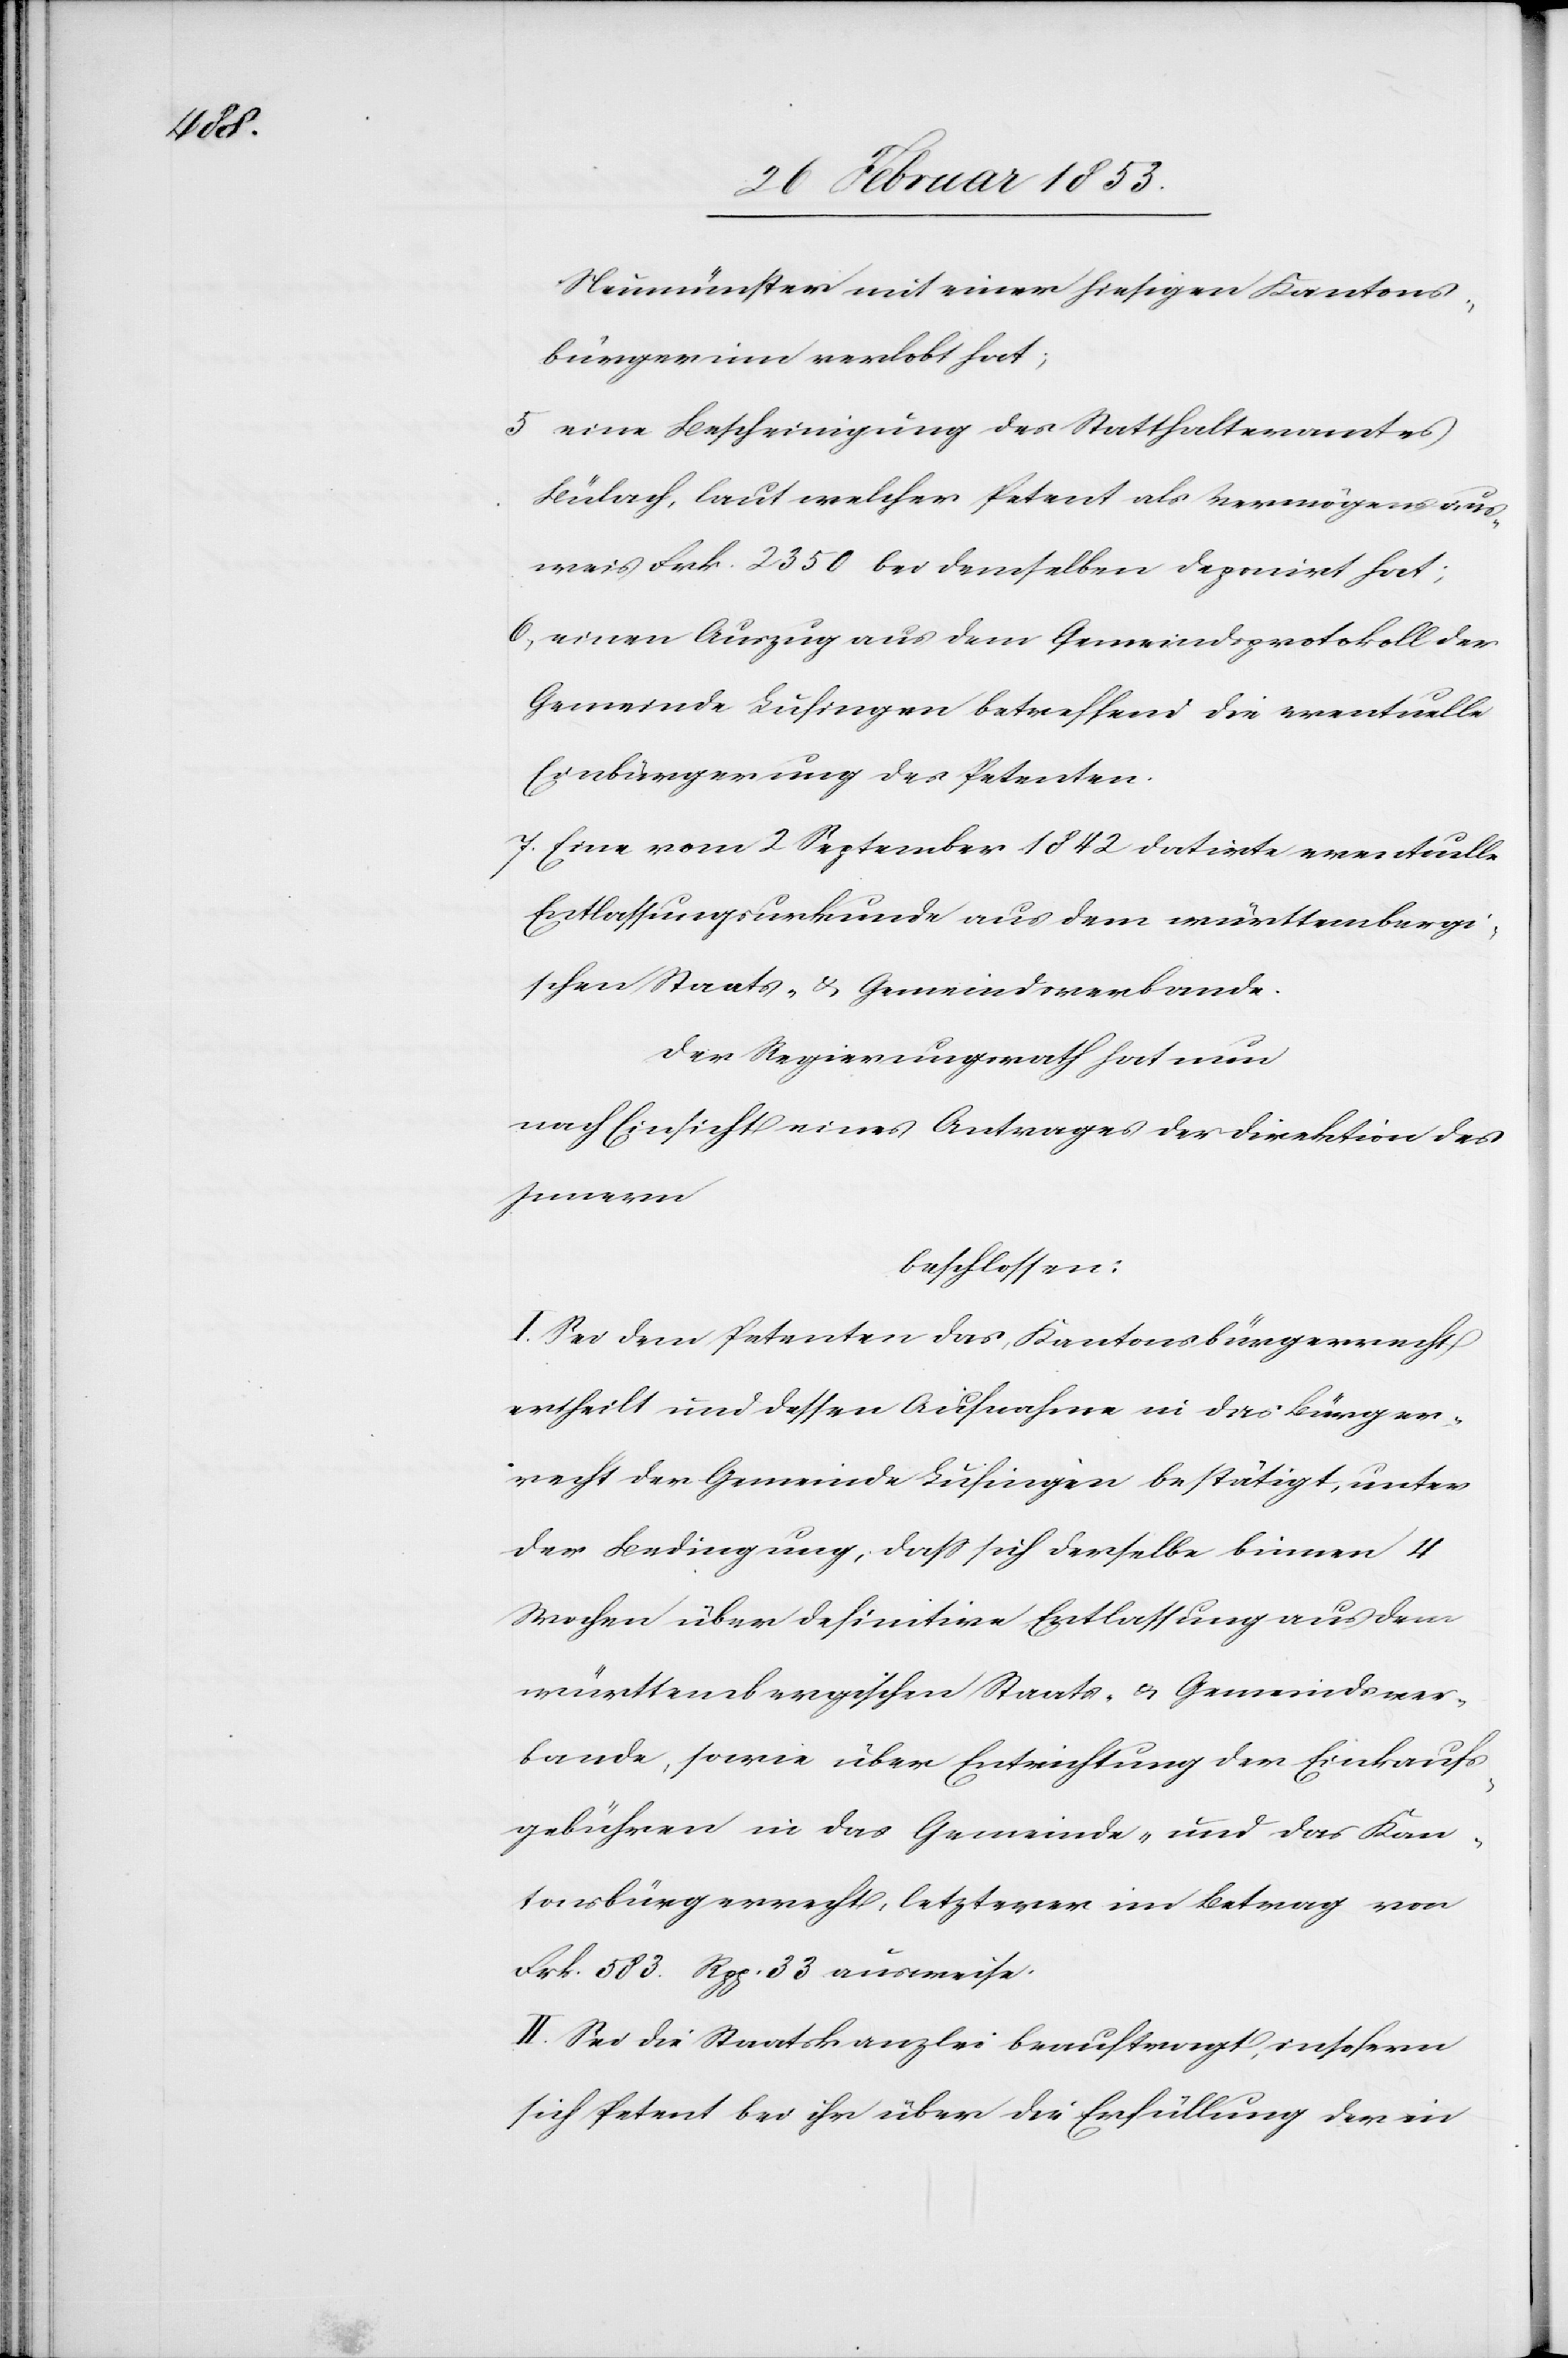
Neumünster mit einer hiesigen Kantons¬
bürgerinn verlobt hat;
5. eine Bescheinigung des Statthalteramtes
Bülach, laut welcher Petent als Vermögensaus¬
weis Frk. 2350 bei demselben deponirt hat;
6, einen Auszug aus dem Gemeindsprotokoll der
Gemeinde Luchsingen betreffend die eventuelle
Einbürgerung des Petenten.
7, Eine vom 2 September 1842 datirte eventuelle
Entlassungsurkunde aus dem württembergi¬
schen Staats- u. Gemeindsverbande.
Der Regierungsrath hat nun
nach Einsicht eines Antrages der Direktion des
Innern
beschlossen:
I. Sei dem Petenten das Kantonsbürgerrecht
ertheilt und dessen Aufnahme in das Bürger¬
recht der Gemeinde Lusingen bestätigt, unter
der Bedingung, daß sich derselbe binnen 4
Wochen über definitive Entlassung aus dem
württembergischen Staats- u. Gemeindsver¬
bande, sowie über Entrichtung der Einkaufs¬
gebühren in das Gemeinde- und das Kan¬
tonsbürgerrecht, letzterer im Betrag von
Frk. 583. Rpp. 33 ausweise.
II. Sei die Staatskanzlei beauftragt, insofern
sich Petent bei ihr über die Erfüllung der in